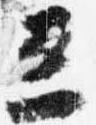
三